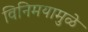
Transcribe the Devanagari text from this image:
विनिमयामुळे